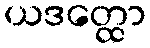
ယဒတ္ထော